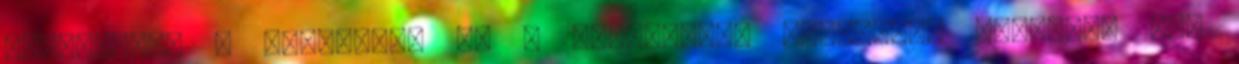
megtanulni A történeti és a történelmi alkotmány ugyanaz? Nem